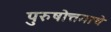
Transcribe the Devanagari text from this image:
पुरुषोत्तमाचे